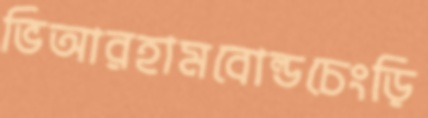
ভিআরহামবোল্ডচেংড়ি